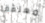
معلقة